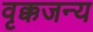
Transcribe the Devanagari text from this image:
वृक्कजन्य